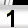
Digit: 1